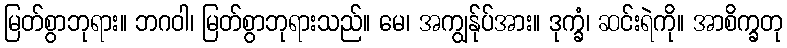
မြတ်စွာဘုရား။ ဘဂဝါ၊ မြတ်စွာဘုရားသည်။ မေ၊ အကျွန်ုပ်အား။ ဒုက္ခံ၊ ဆင်းရဲကို။ အာစိက္ခတု